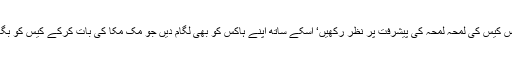
وزیراعظم اس کیس کی لمحہ لمحہ کی پیشرفت پر نظر رکھیں‘ اسکے ساتھ اپنے ہاکس کو بھی لگام دیں جو مک مکا کی بات کرکے کیس کو بگاڑ رہے ہیں۔